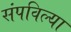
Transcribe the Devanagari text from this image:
संपविल्या